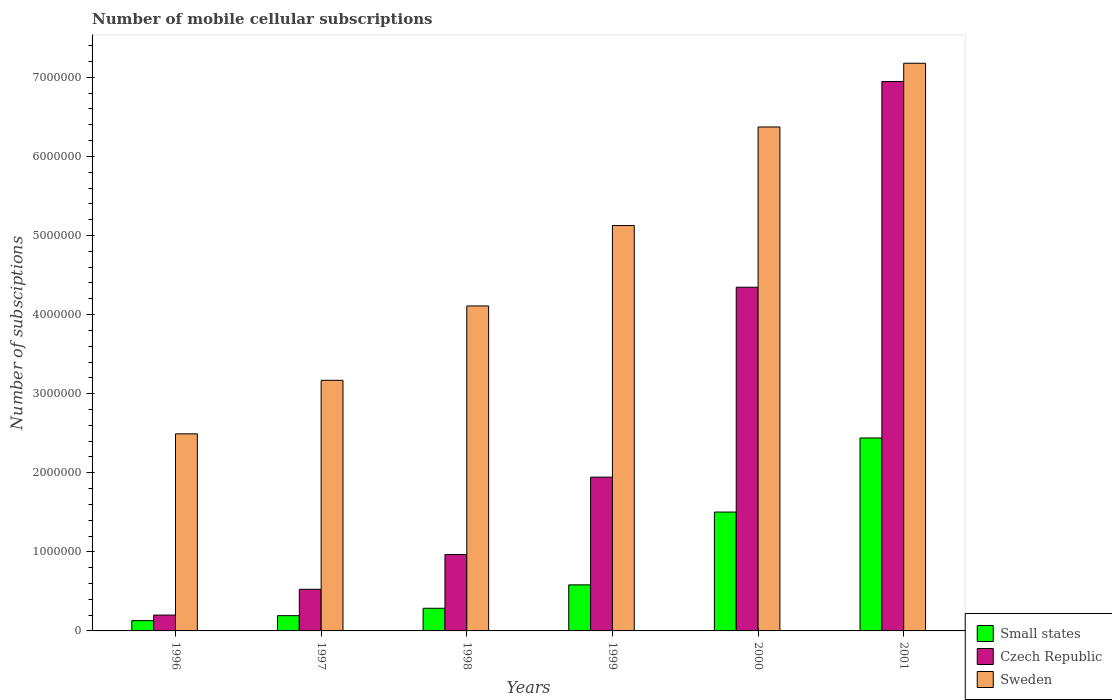
| Years | Small states | Czech Republic | Sweden |
 | --- | --- | --- | --- |
 | 1996 | 1.3e+05 | 2e+05 | 2.49e+06 |
 | 1997 | 1.93e+05 | 5.26e+05 | 3.17e+06 |
 | 1998 | 2.86e+05 | 9.65e+05 | 4.11e+06 |
 | 1999 | 5.82e+05 | 1.94e+06 | 5.13e+06 |
 | 2000 | 1.5e+06 | 4.35e+06 | 6.37e+06 |
 | 2001 | 2.44e+06 | 6.95e+06 | 7.18e+06 |